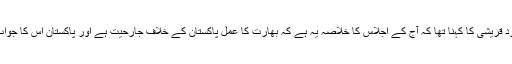
شاہ محمود قریشی کا کہنا تھا کہ آج کے اجلاس کا خلاصہ یہ ہے کہ بھارت کا عمل پاکستان کے خلاف جارحیت ہے اور پاکستان اس کا جواب دے گا۔